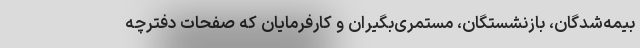
بیمه‌شدگان، بازنشستگان، مستمری‌بگیران و کارفرمایان که صفحات دفترچه